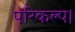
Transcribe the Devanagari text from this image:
परिकल्प।